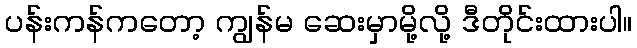
ပန်းကန်ကတော့ ကျွန်မ ဆေးမှာမို့လို့ ဒီတိုင်းထားပါ။